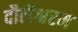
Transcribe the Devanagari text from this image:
दौलैश्वरम